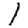
Digit: 1